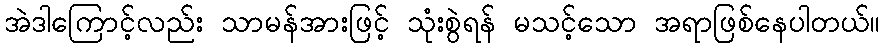
အဲဒါကြောင့်လည်း သာမန်အားဖြင့် သုံးစွဲရန် မသင့်သော အရာဖြစ်နေပါတယ်။